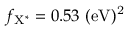
f _ { \mathrm { { X ^ { * } } } } = 0 . 5 3 ~ \mathrm { { ( e V ) ^ { 2 } } }